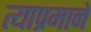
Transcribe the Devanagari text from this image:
त्याप्रमाने